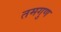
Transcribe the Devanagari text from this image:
तमगुण